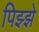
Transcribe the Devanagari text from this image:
पिझ्झे